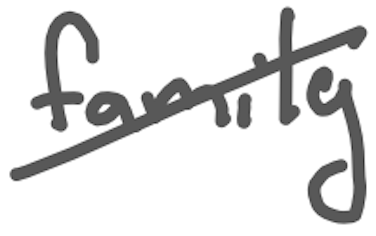
Text: family
Cross-out: diagonal
Writing tool: digital_gray